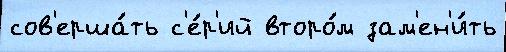
сов'ерша́ть с'е́р'ий второ́м зам'ен'и́ть